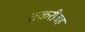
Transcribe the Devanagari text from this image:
तकरीबह